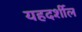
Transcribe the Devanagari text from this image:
यहदर्शील